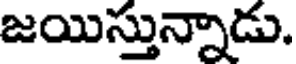
జయిస్తున్నాడు.